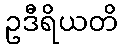
ဥဒီရိယတိ